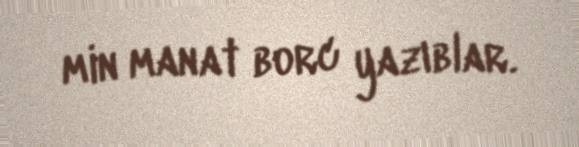
min manat borc yazıblar.